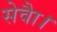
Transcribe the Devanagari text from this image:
सेवाै।